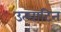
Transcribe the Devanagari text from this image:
उत्घाटित